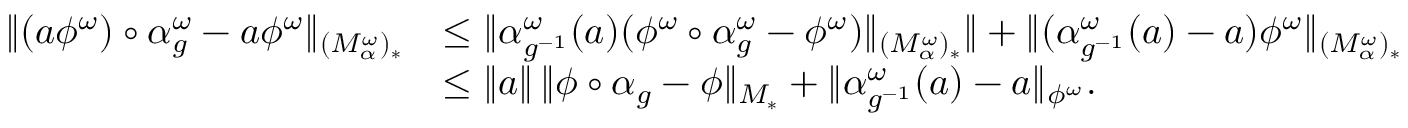
\begin{array} { r l } { \| ( a \phi ^ { \omega } ) \circ \alpha _ { g } ^ { \omega } - a \phi ^ { \omega } \| _ { ( M _ { \alpha } ^ { \omega } ) _ { * } } } & { \leq \| \alpha _ { g ^ { - 1 } } ^ { \omega } ( a ) ( \phi ^ { \omega } \circ \alpha _ { g } ^ { \omega } - \phi ^ { \omega } ) \| _ { ( M _ { \alpha } ^ { \omega } ) _ { * } } \| + \| ( \alpha _ { g ^ { - 1 } } ^ { \omega } ( a ) - a ) \phi ^ { \omega } \| _ { ( M _ { \alpha } ^ { \omega } ) _ { * } } } \\ & { \leq \| a \| \, \| \phi \circ \alpha _ { g } - \phi \| _ { M _ { * } } + \| \alpha _ { g ^ { - 1 } } ^ { \omega } ( a ) - a \| _ { \phi ^ { \omega } } . } \end{array}